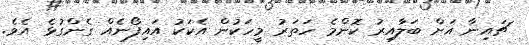
ޗައިނާ އަށް ބަލާއިރު ކޮންމެ ހަތަރު މީހަކުން އެކަކު އައިފޯނެއް ގެންގުޅެ އެވެ.